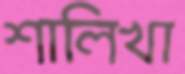
শালিখা